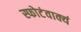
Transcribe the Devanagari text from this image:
स्फोटंवाक्यं